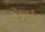
સોસાયટીની